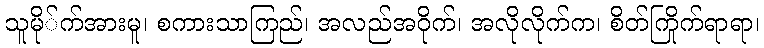
သူမို်က်အားမူ၊ စကားသာကြည်၊ အလည်အဝိုက်၊ အလိုလိုက်က၊ စိတ်ကြိုက်ရာရာ၊